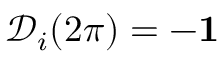
{ \mathcal D } _ { i } ( 2 \pi ) = - { \bf 1 }